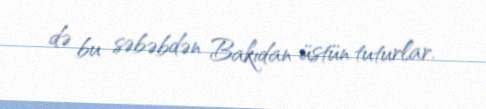
də bu səbəbdən Bakıdan üstün tuturlar.